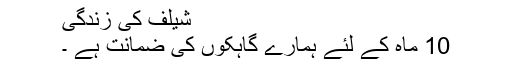
شیلف کی زندگی
10 ماہ کے لئے ہمارے گاہکوں کی ضمانت ہے ۔